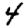
Digit: 4